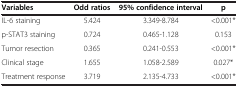
<table><thead><tr><td><b>Variables</b></td><td><b>Odd ratios</b></td><td><b>95% confidence interval</b></td><td><b>p</b></td></tr></thead><tbody><tr><td>IL-6 staining</td><td>5.424</td><td>3.349-8.784</td><td>&lt;0.001*</td></tr><tr><td>p-STAT3 staining</td><td>0.724</td><td>0.465-1.128</td><td>0.153</td></tr><tr><td>Tumor resection</td><td>0.365</td><td>0.241-0.553</td><td>&lt;0.001*</td></tr><tr><td>Clinical stage</td><td>1.655</td><td>1.058-2.589</td><td>0.027*</td></tr><tr><td>Treatment response</td><td>3.719</td><td>2.135-4.733</td><td>&lt;0.001*</td></tr></tbody></table>